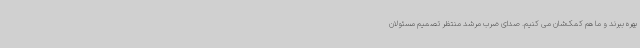
بهره ببرند و ما هم کمک‌شان می کنیم. صدای ضرب مرشد منتظر تصمیم مسئولان